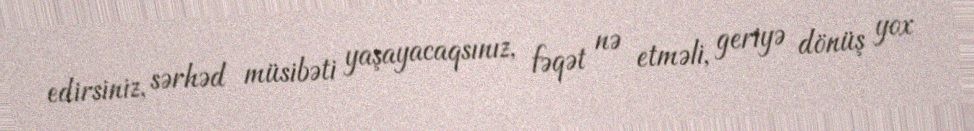
edirsiniz, sərhəd müsibəti yaşayacaqsınız, fəqət nə etməli, geriyə dönüş yox